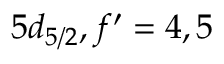
5 d _ { 5 / 2 } , f ^ { \prime } = 4 , 5